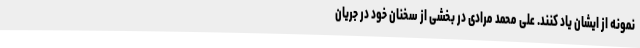
نمونه از ایشان یاد کنند. علی محمد مرادی در بخشی از سخنان خود در جریان